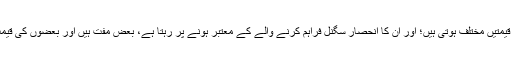
قیمتیں برائے سگنل ــ سگنل کی قیمتیں مختلف ہوتی ہیں؛ اور ان کا انحصار سگنل فراہم کرنے والے کے معتبر ہونے پر رہتا ہے، بعض مفت ہیں اور بعضوں کی قیمت 500 ڈالر تک بھی ہوتی ہے۔